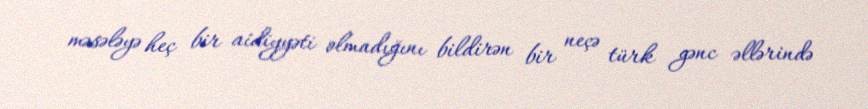
məsələyə heç bir aidiyyəti olmadığını bildirən bir neçə türk gənc əllərində